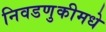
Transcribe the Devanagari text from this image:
निवडणुकीमधे